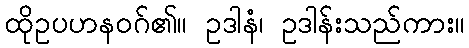
ထိုဥပဟနဝဂ်၏။ ဥဒါနံ၊ ဥဒါန်းသည်ကား။